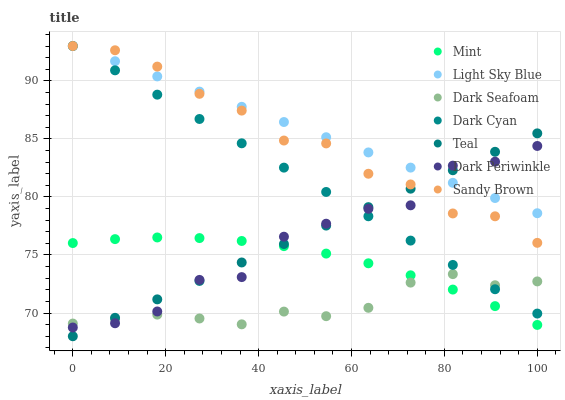
| xaxis_label | Mint | Light Sky Blue | Dark Seafoam | Dark Cyan | Teal | Dark Periwinkle | Sandy Brown |
 | --- | --- | --- | --- | --- | --- | --- | --- |
 | 0 | 76 | 93 | 69.1 | 93 | 68 | 68.8 | 93 |
 | 9.09 | 76.4 | 91.7 | 69.5 | 90.9 | 69.6 | 69.1 | 92.6 |
 | 18.2 | 76.5 | 90.4 | 69.9 | 88.8 | 71.2 | 70.1 | 91.2 |
 | 27.3 | 76.5 | 89.1 | 69.5 | 86.7 | 72.8 | 72.9 | 88.9 |
 | 36.4 | 76.2 | 87.8 | 69 | 84.6 | 74.4 | 73.1 | 87.4 |
 | 45.5 | 75.8 | 86.5 | 70.1 | 82.5 | 75.9 | 76.6 | 84.9 |
 | 54.5 | 75.1 | 85.1 | 69.7 | 80.4 | 77.5 | 77.7 | 84.6 |
 | 63.6 | 74.3 | 83.8 | 70.4 | 78.3 | 79.1 | 79 | 82 |
 | 72.7 | 73.3 | 82.5 | 72.6 | 76.2 | 80.7 | 79.3 | 81.1 |
 | 81.8 | 72 | 81.2 | 73.4 | 74.1 | 82.3 | 82.7 | 78.6 |
 | 90.9 | 70.6 | 79.9 | 72.4 | 72 | 83.9 | 83 | 78.3 |
 | 100 | 69 | 78.6 | 72.7 | 70 | 85.5 | 84.4 | 76 |